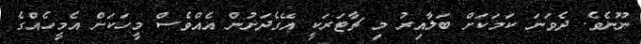
ނޫނެވެ. ދެވަނަ ކަމަކަށް ބަލާއިރު މި ޗާޓަރަކީ އޭގެދަށުން އެއްވެސް މީހަކަށް އެމީހެއްގެ